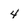
Character: 4